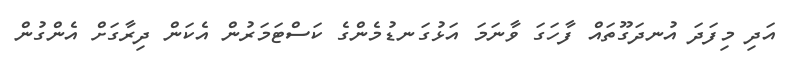
އަދި މިފަދަ އުނދަގޫތައް ފާހަގަ ވާނަމަ އަޅުގަނޑުމެންގެ ކަސްޓަމަރުން އެކަން ދިރާގަށް އެންގުން